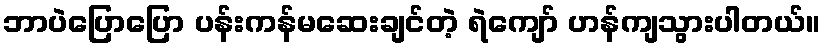
ဘာပဲပြောပြော ပန်းကန်မဆေးချင်တဲ့ ရဲကျော် ဟန်ကျသွားပါတယ်။